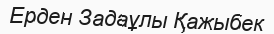
Ерден Задаұлы Қажыбек